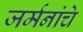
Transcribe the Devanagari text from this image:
जर्मनांचे